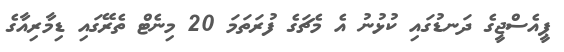
ޕީއެސްޖީގެ ދަނޑުގައި ކުޅުނު އެ މެޗަގެ ފުރަތަމަ 20 މިނެޓް ތެރޭގައި ޑިމާރިއާގެ